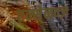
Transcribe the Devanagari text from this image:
एन्सेनन्ज़